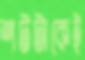
শটটাকেই